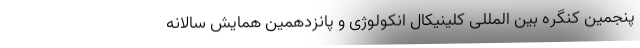
پنجمین کنگره بین المللی کلینیکال انکولوژی و پانزدهمین همایش سالانه